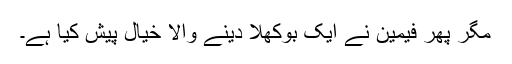
مگر پھر فیمین نے ایک بوکھلا دینے والا خیال پیش کیا ہے۔